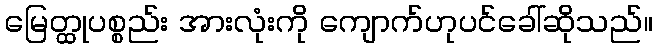
မြေတ္ထုပစ္စည်း အားလုံးကို ကျောက်ဟုပင်ခေါ်ဆိုသည်။